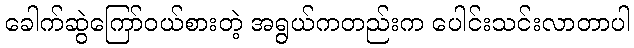
ခေါက်ဆွဲကြော်ဝယ်စားတဲ့ အရွယ်ကတည်းက ပေါင်းသင်းလာတာပါ